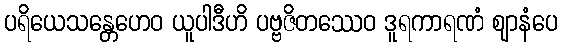
ပရိယေသန္တေဟေဝ ယူပါဒီဟိ ပဗ္ဗဇိတဿေဝ ဒူရကာရဏံ ဈာနံပေ